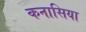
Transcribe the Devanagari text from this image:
कनासिया